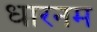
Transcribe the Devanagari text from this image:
धारनम